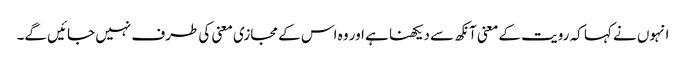
انہوں نے کہا کہ رویت کے معنی آنکھ سے دیکھنا ہے اور وہ اس کے مجازی معنی کی طرف نہیں جائیں گے۔